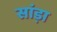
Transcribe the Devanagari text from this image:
सांड़ा